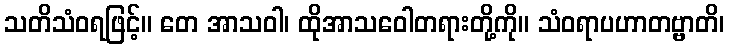
သတိသံဝရဖြင့်။ တေ အာသဝါ၊ ထိုအာသဝေါတရားတို့ကို။ သံဝရာပဟာတဗ္ဗာတိ၊